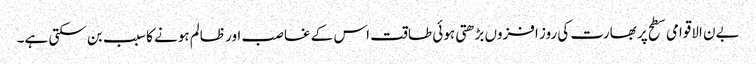
بےن الاقوامی سطح پر بھارت کی روز افزوں بڑھتی ہوئی طاقت اس کے غاصب اور ظالم ہونے کا سبب بن سکتی ہے۔